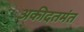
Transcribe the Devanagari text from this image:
अकीदतमंत